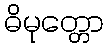
ဓိမုတ္တော